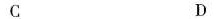
C D